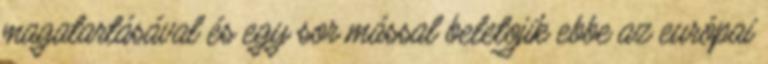
magatartásával és egy sor mással beletojik ebbe az európai